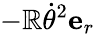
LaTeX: -\mathbb{R}{\dot{{\theta}}}^{2}{\textbf{{e}}}_{r}